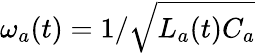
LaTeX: \omega_{a}(t)=1/\sqrt{L_{a}(t)C_{a}}